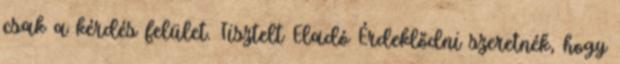
csak a kérdés felület. Tisztelt Eladó Érdeklődni szeretnék, hogy